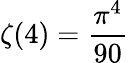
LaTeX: \zeta(4)=\frac{\pi^{4}}{90}